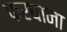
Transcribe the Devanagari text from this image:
फरघाना